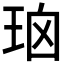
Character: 𰡹